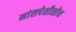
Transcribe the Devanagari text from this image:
मांसपेशीशोथ